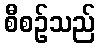
စီစဉ်သည်